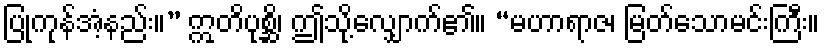
ပြုကုန်အံ့နည်း။” ဣတိပုစ္ဆိ၊ ဤသို့လျှောက်၏။ “မဟာရာဇ၊ မြတ်သောမင်းကြီး။